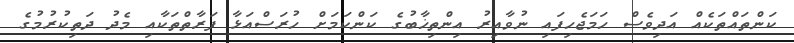
ކަންތައްތަކެއް އަދިވެސް ހަމަޖެހިފައި ނުވާއިރު އިންތިޚާބުގެ ކަންކަމަށް ހުރަސްއަޅާ ފަރާތްތަކާއި މެދު ދަތިކުރުމުގެ